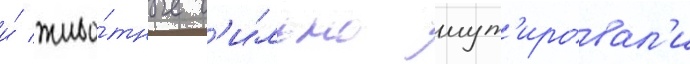
и́ живо́тные с'и́льно мут'ировал'и